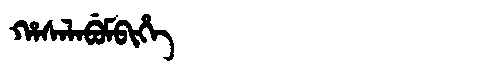
Manchu: ᡥᠠᠰᠠᠯᠠᠪᡠᠮᠪᡳᡥᡝ
Romanization: HASALABUMBIHE